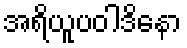
အရိယူပဝါဒိနော